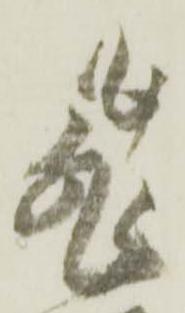
飛